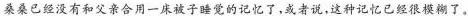
桑桑已经没有和父亲合用一床被子睡觉的记忆了，或者说，这种记忆已经很模糊了。